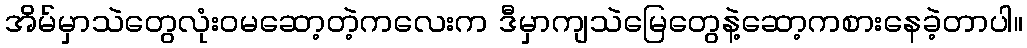
အိမ်မှာသဲတွေလုံးဝမဆော့တဲ့ကလေးက ဒီမှာကျသဲမြေတွေနဲ့ဆော့ကစားနေခဲ့တာပါ။